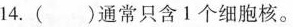
14.()通常只含1个细胞核。